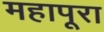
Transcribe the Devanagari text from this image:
महापूरा